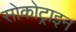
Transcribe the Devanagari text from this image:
सोकोट्राइन